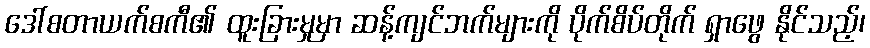
ဒေါ်စတာယက်စကီ၏ ထူးခြားမှုမှာ ဆန့်ကျင်ဘက်များကို ပိုက်စိပ်တိုက် ရှာဖွေ နိုင်သည့်၊